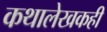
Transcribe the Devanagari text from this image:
कथालेखकही